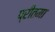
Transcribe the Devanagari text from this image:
प्रीतमा